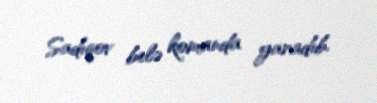
Sadıqov belə komanda yaradıb.